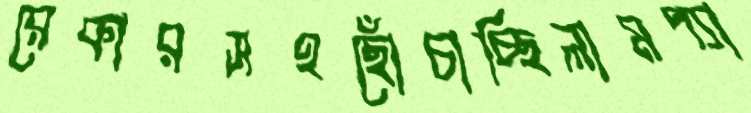
রেকারসহছোঁচাচ্ছিলামপ্যা